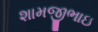
શામજીભાઇ